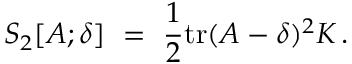
S _ { 2 } [ A ; \delta ] ~ = ~ \frac { 1 } { 2 } \mathrm { t r } ( A - \delta ) ^ { 2 } K \, .